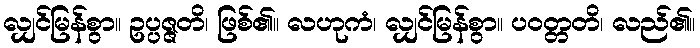
လျှင်မြန်စွာ။ ဥပ္ပဇ္ဇတိ၊ ဖြစ်၏။ လဟုကံ၊ လျှင်မြန်စွာ။ ပဝတ္တတိ၊ လည်၏။